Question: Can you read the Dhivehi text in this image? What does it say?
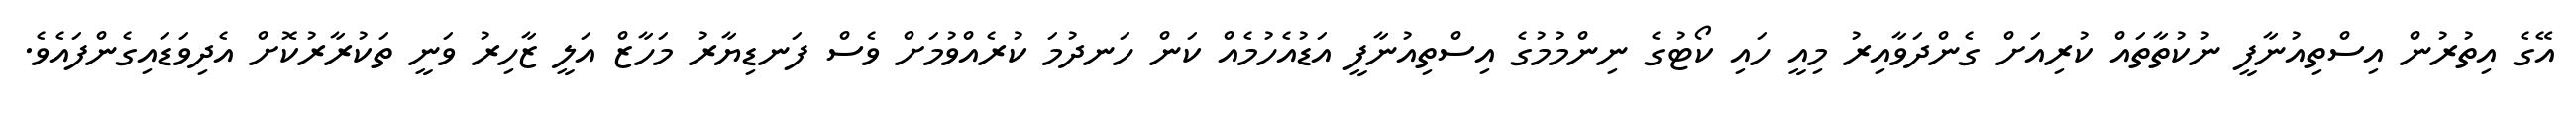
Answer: އޭގެ އިތުރުން އިސްތިއުނާފީ ނުކުތާތައް ކުރިއަށް ގެންދަވާއިރު މިއީ ހައި ކޯޓުގެ ނިންމުމުގެ އިސްތިއުނާފީ އަޑުއެހުމެއް ކަން ހަނދުމަ ކުރެއްވުމަށް ވެސް ފަނޑިޔާރު މަހާޒް އަލީ ޒާހިރު ވަނީ ތަކުރާރުކޮށް އެދިވަޑައިގެންފައެވެ.